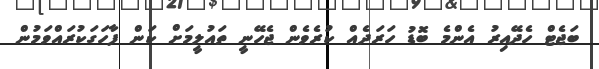
ބަޖެޓް ހެދޭއިރު އެންމެ ބޮޑު ހަރަދެއް ކުރެވެން ޖެހޭނީ ތައުލީމަށް ކަން ފާހަގަކުރައްވަމުން